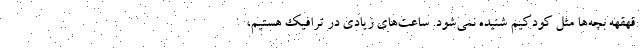
قهقهه بچه‌ها مثل کودکیم شنیده نمی‌شود. ساعت‌های زیادی در ترافیک هستیم،